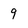
Character: 9